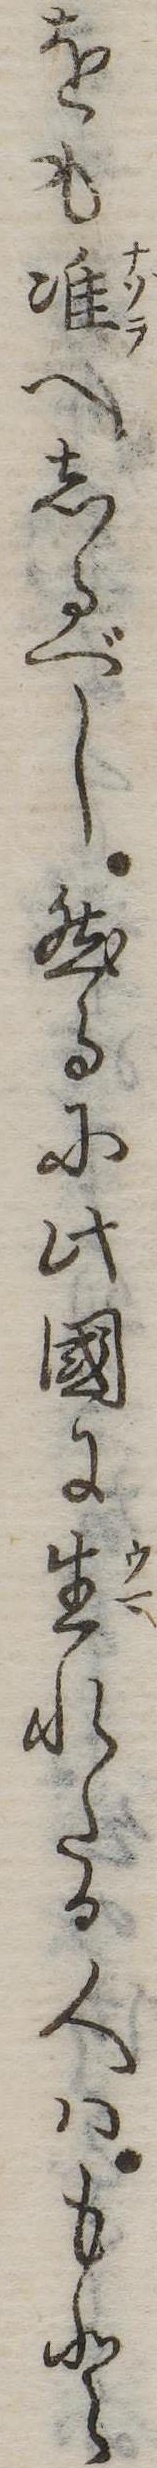
をも准へしるべし然るに此国に生れたる人はもと